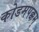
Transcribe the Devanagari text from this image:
कोडमपक्कम्